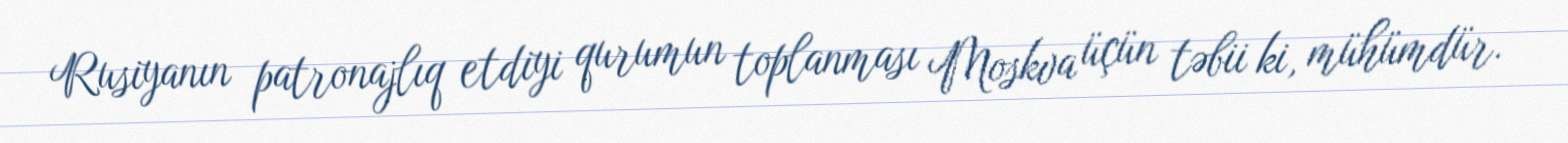
Rusiyanın patronajlıq etdiyi qurumun toplanması Moskva üçün təbii ki, mühümdür.